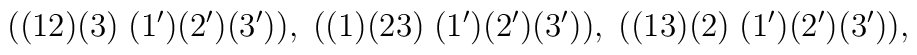
((12)(3) \;   (1')(2')(3')), \;((1)(23) \;   (1')(2')(3')), \;((13)(2) \;   (1')(2')(3')), \;